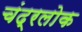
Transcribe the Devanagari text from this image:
चंद्रलोक